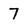
Character: 7